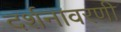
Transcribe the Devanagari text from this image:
दर्शनावरणी